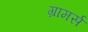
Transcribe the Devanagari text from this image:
ग्रामर्स